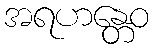
အရဟန္တေဝ